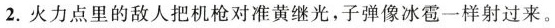
2.火力点里的敌人把机枪对准黄继光，子弹像冰雹一样射过来。